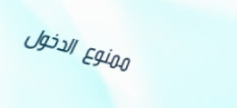
ممنوع الدخول